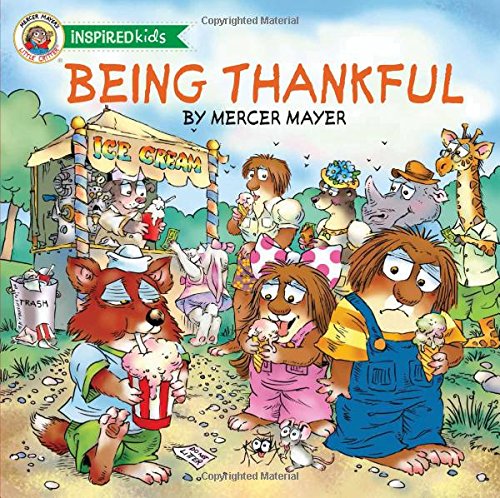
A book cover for Being Thankful (Little Critter); Mercer Mayer; Christian Books & Bibles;